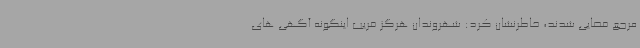
مرجع قضایی شدند، خاطرنشان کرد: شهروندان هرگز فریب اینگونه آگهی های